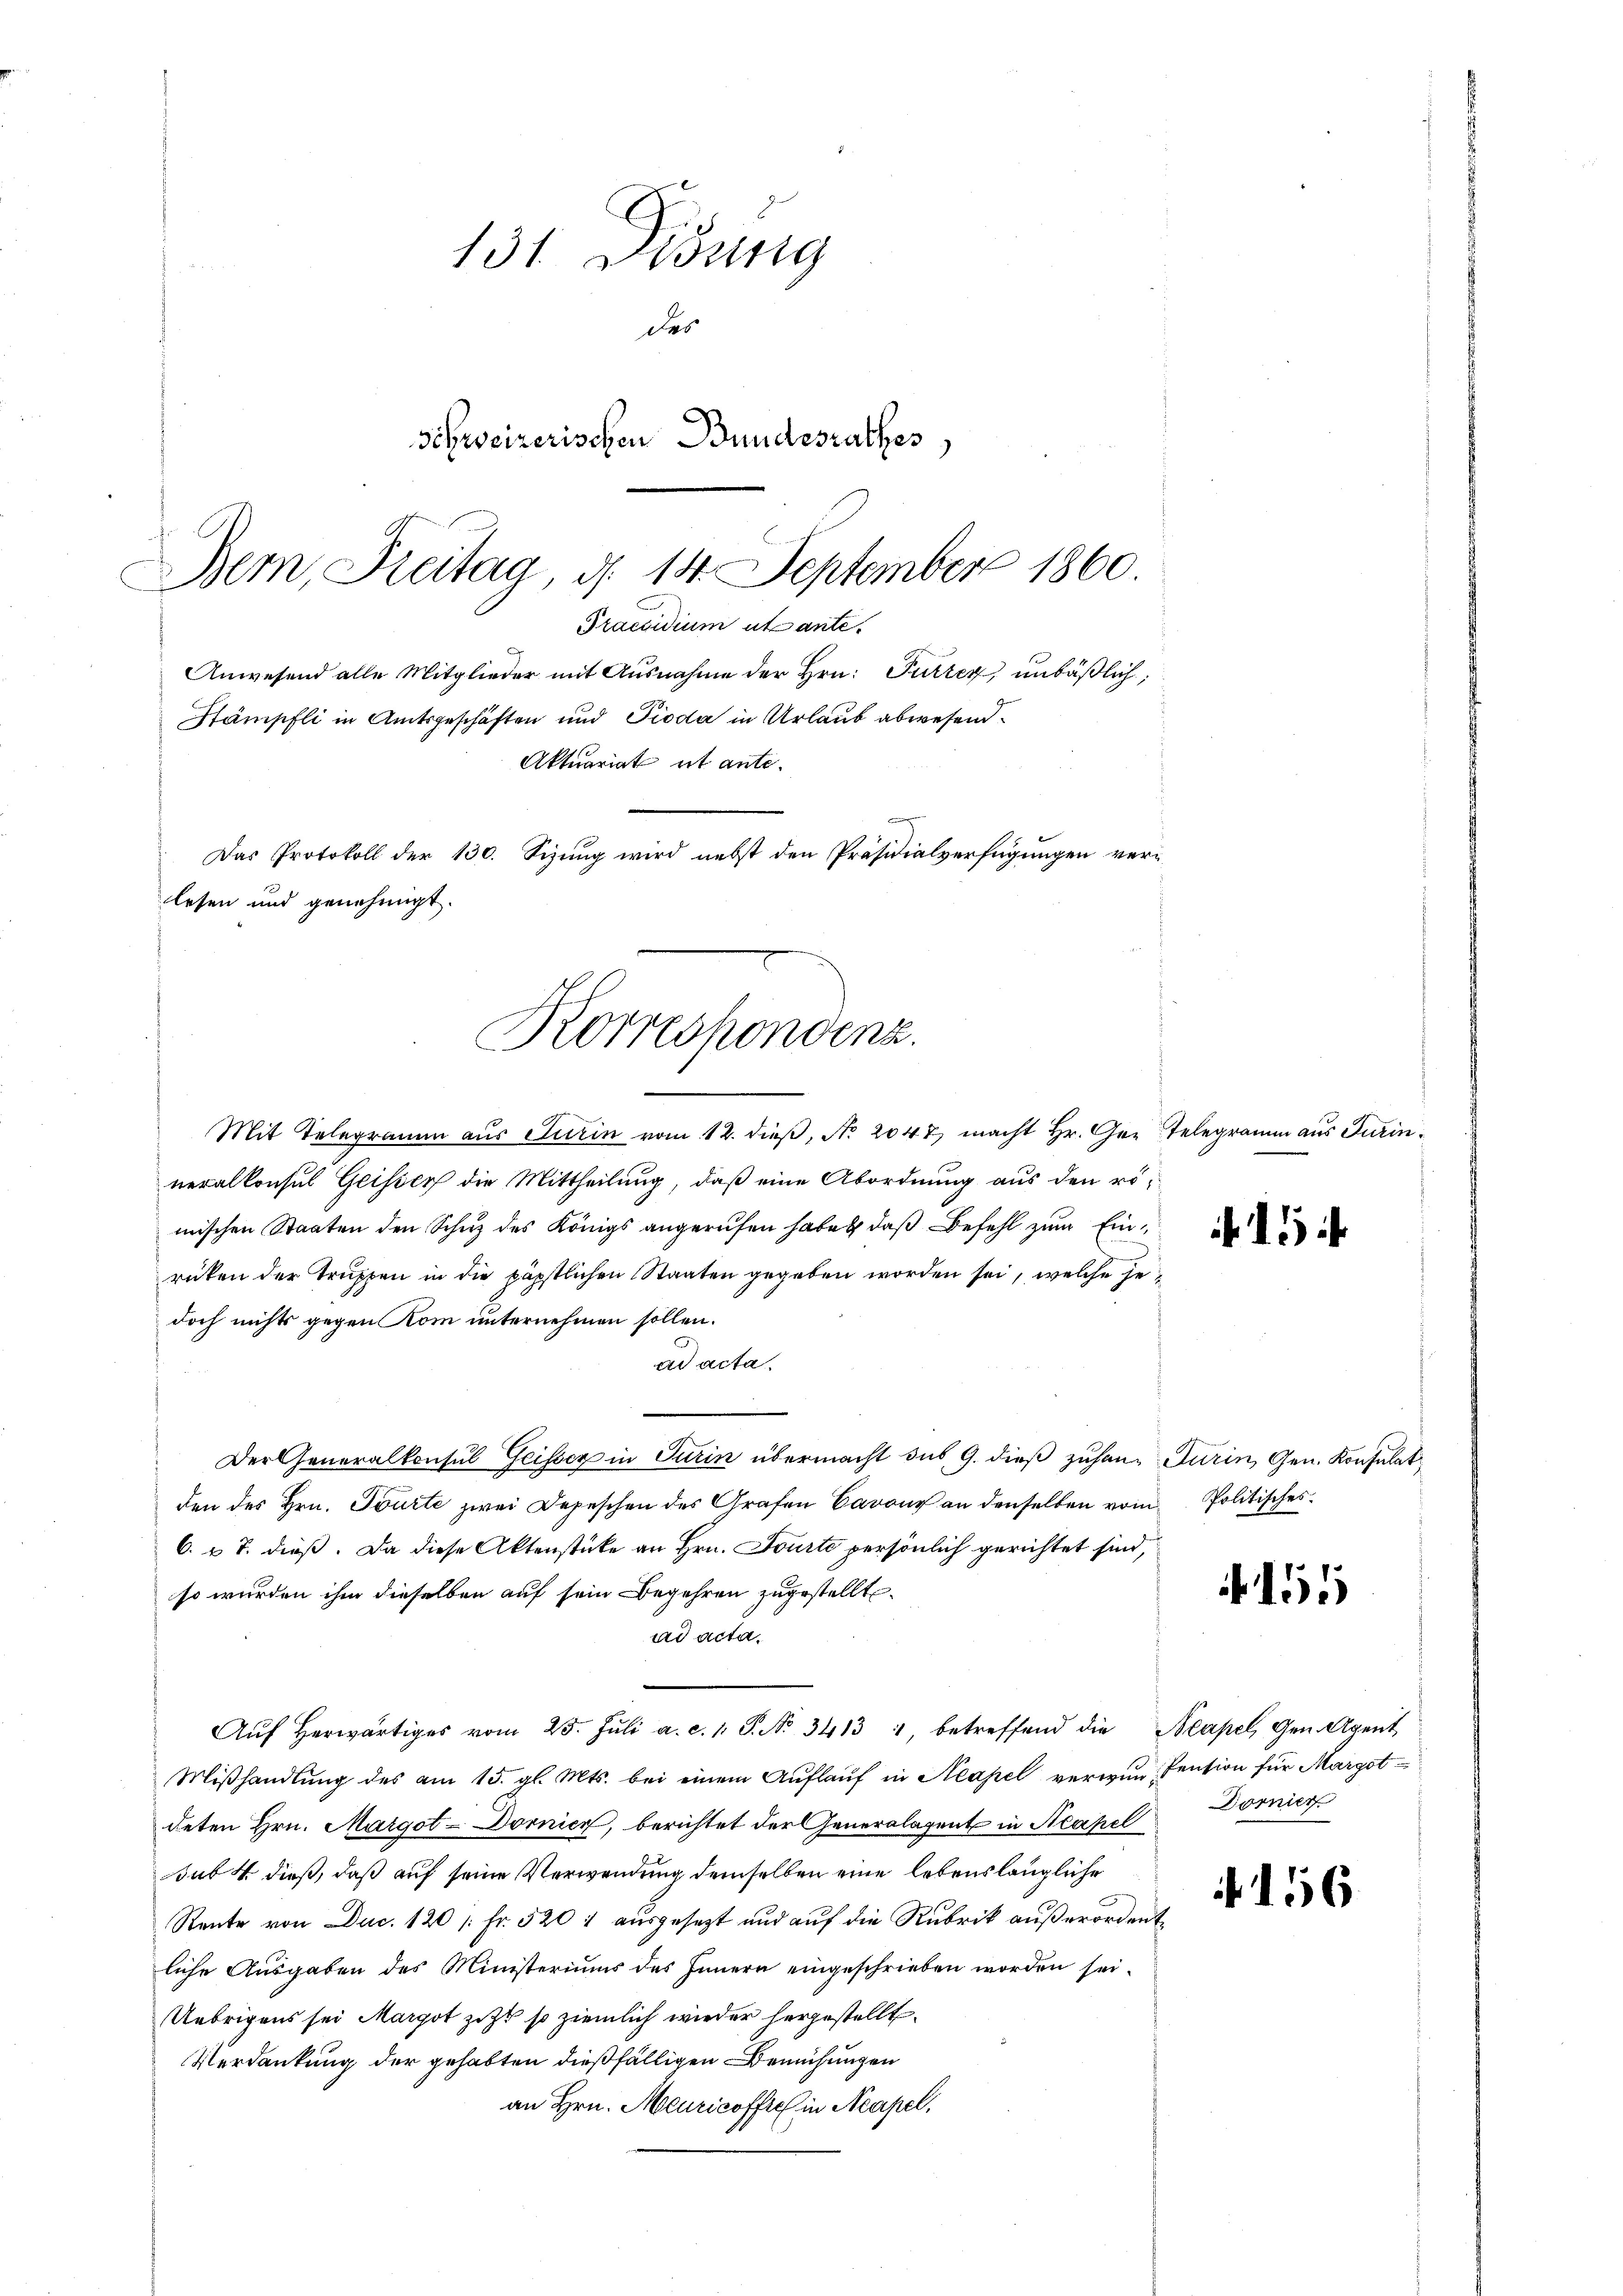
131. Disung
des
Schweizerischen Bundesrathes,

Bem, Freitag, d. 14. September 1860.
Pracidium ut antee
Das Protokoll der 130. Sizung wird nebst den Präsidialverfügungen verlesen und genehmigt.
Korrespondenz.

Stämpfli in Amtsgeschäften und Pioda in Urlaub abwesend.

Anwesend alle Mitglieder mit Ausnahme der Hrn. Furrer unbäßlich,
Aktuariat et ante.

Mit Telegramm aus Turin vom 12. dieβ, No. 2042 macht Hr. Gre Telegramm aus Turinneralkonsul Geisser die Mittheilung, daß eine Abordnung aus den römischen Staaten den Schuz des Königs angerufen habe, daß Befehl zum Einrücken der Truppen in die päpstlichen Staaten gegeben worden sei, welche jedoch nichts gegen Kom unternehmen sollen.
ad acta.
Der Generalkonsul Geisser in Turin übermacht sus 9. dieß zuhan Turin, Gen. Konsulat
den des Hrn. Tourte zwei Depeschen des Grafen Barons an denselben vom Politisches.
6. u. T. dieß. Da diese Aktenstücke an Hrn. Tourte persönlich gerichtet sind,
so wurden ihm dieselben auf sein Begehren zugestellt.
ad acta.
Aŭf herwärtiges vom 25. Jŭli a. c. 1. P. No. 3413, betreffend die Neapel, Gen. Agent
Mißhandlung des am 15. gl. Mts. bei einem Auflauf in Neapel verwun-Pension für Margotdeten Hrn. Margot-Dornier, berichtet der Generalagent in Neapel
sub. 4 dieß, daß auf seine Verwendung demselben eine lebenslängliche
Rente von Duc. 120 /: Fr. 5201 ausgesezt und auf die Rubrik außerordentliche Ausgaben des Ministeriums des Innern eingeschrieben worden sei.
Uebrigens sei Margot zett so ziemlich wieder hergestellt.
Verdankung der gehabten dießfälligen Bemühungen
an Hrn. Meuricoffe in Neapel,

151

Dornier

156